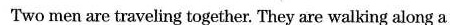
Two men are traveling together. They are walking along a